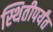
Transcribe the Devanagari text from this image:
स्थितीपर्यंत